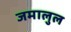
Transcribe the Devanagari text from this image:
जमालुल